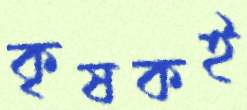
কৃষকই